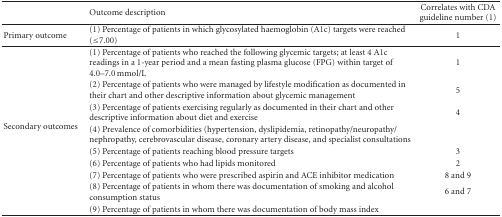
<table><thead><tr><td></td><td><b>Outcome description</b></td><td><b>Correlates with CDA guideline number (1)</b></td></tr></thead><tbody><tr><td>Primary outcome</td><td>(1) Percentage of patients in which glycosylated haemoglobin (A1c) targets were reached (≤7.00)</td><td>1</td></tr><tr><td rowspan="9">Secondary outcomes</td><td>(1) Percentage of patients who reached the following glycemic targets; at least 4 A1c readings in a 1-year period and a mean fasting plasma glucose (FPG) within target of 4.0–7.0 mmol/L</td><td>1</td></tr><tr><td>(2) Percentage of patients who were managed by lifestyle modification as documented in their chart and other descriptive information about glycemic management</td><td>5</td></tr><tr><td>(3) Percentage of patients exercising regularly as documented in their chart and other descriptive information about diet and exercise</td><td>4</td></tr><tr><td>(4) Prevalence of comorbidities (hypertension, dyslipidemia, retinopathy/neuropathy/nephropathy, cerebrovascular disease, coronary artery disease, and specialist consultations</td><td></td></tr><tr><td>(5) Percentage of patients reaching blood pressure targets</td><td>3</td></tr><tr><td>(6) Percentage of patients who had lipids monitored</td><td>2</td></tr><tr><td>(7) Percentage of patients who were prescribed aspirin and ACE inhibitor medication</td><td>8 and 9</td></tr><tr><td>(8) Percentage of patients in whom there was documentation of smoking and alcohol consumption status</td><td>6 and 7</td></tr><tr><td>(9) Percentage of patients in whom there was documentation of body mass index</td><td></td></tr></tbody></table>